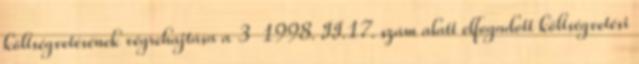
költségvetésének végrehajtása a 3 1998. II.17. szám alatt elfogadott költségvetési